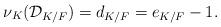
LaTeX: \begin{align*} \nu_K(\mathcal{D}_{K/F})=d_{K/F}=e_{K/F} - 1.\end{align*}